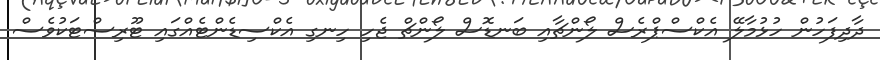
ދާދިފަހުން ހުޅުމާލޭ އެކްސްޕްރެސް ލޯންޗާއި ބަނޑޮސް ލޯންޗް ޖެހި ހިނގި އެކްސިޑެންޓެއްގައި ޓޫރިސްޓަކުވެސް